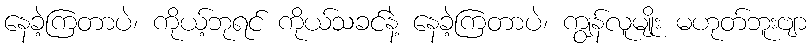
နေခဲ့ကြတာပဲ၊ ကိုယ့်ဘုရင် ကိုယ်သခင်နဲ့ နေခဲ့ကြတာပဲ၊ ကျွန်လူမျိုး မဟုတ်ဘူးဗျာ